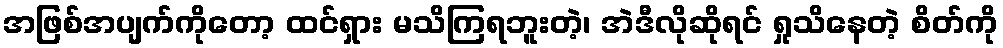
အဖြစ်အပျက်ကိုတော့ ထင်ရှား မသိကြရဘူးတဲ့၊ အဲဒီလိုဆိုရင် ရှုသိနေတဲ့ စိတ်ကို